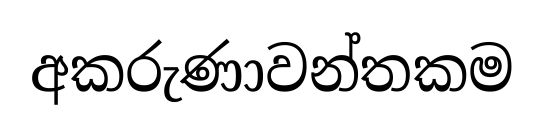
අකරුණාවන්තකම